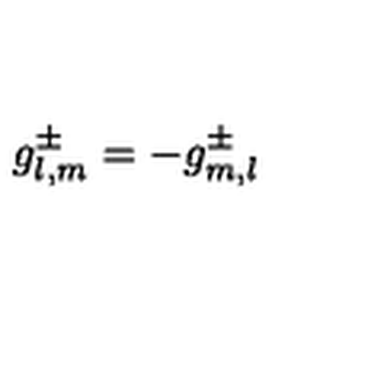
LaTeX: g _ { l , m } ^ { \pm } = - g _ { m , l } ^ { \pm }